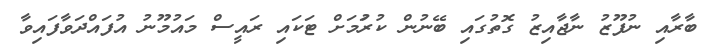
ބާރާއި ނުފޫޒު ނާޖާއިޒު ގޮތުގައި ބޭނުން ކުރުަމަށް ޓަކަައި ރައީސް މައުމޫނު އުފައްދަވާފައިވާ